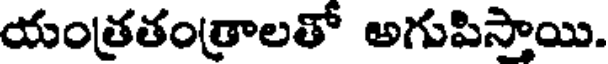
యంత్రతంత్రాలతో అగుపిస్తాయి.